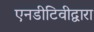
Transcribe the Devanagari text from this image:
एनडीटिवीद्वारा